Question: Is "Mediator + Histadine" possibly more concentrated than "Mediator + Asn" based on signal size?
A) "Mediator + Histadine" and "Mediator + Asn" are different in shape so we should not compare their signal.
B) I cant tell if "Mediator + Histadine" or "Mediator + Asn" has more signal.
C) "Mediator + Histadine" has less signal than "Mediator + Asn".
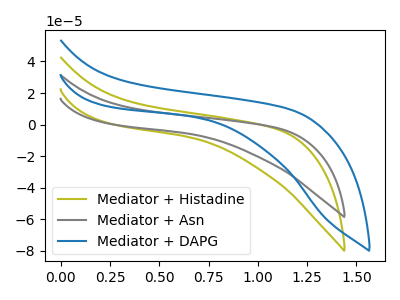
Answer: <think>The olive curve "Mediator + Histadine" has no peaks. The gray curve "Mediator + Asn" has no peaks. The blue curve "Mediator + DAPG" has no peaks.
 Neither "Mediator + Histadine" or "Mediator + Asn" have any peaks.</think>
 <answer>B) I cant tell if "Mediator + Histadine" or "Mediator + Asn" has more signal.</answer>
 <eval>B</eval>